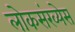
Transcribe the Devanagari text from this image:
लोकसंख्येस